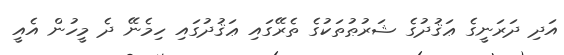
އަދި ދަރަނީގެ ޢަޤުދުގެ ޝަރުޠުތަކުގެ ތެރޭގައި ޢަޤުދުގައި ހިމެނޭ ދެ މީހުން އެއީ